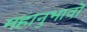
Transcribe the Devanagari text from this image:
महानुभावो